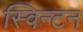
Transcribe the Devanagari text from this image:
स्विन्टन